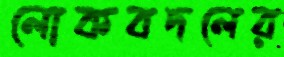
লোকবদলের